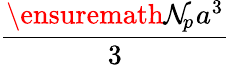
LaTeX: \displaystyle\frac{\ensuremath{\mathcal{N}_{\! p}{\! \: }}a^{3}}{3}